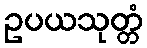
ဥပယသုတ္တံ